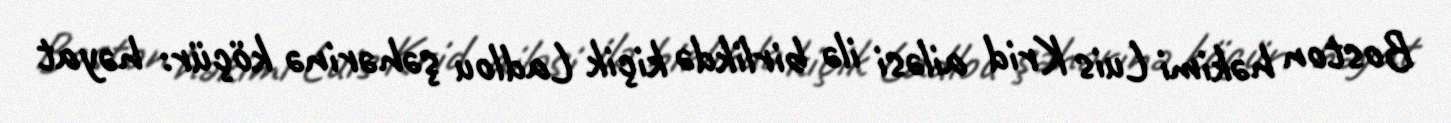
Boston həkimi Luis Krid ailəsi ilə birlikdə kiçik Ladlou şəhərinə köçür: həyat